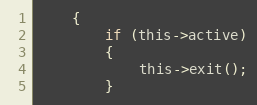
Language: C
    {
        if (this->active)
        {
            this->exit();
        }